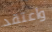
واعتقد